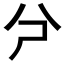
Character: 𠔆